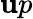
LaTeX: \mathbf{u}p